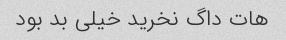
هات داگ نخرید خیلی بد بود